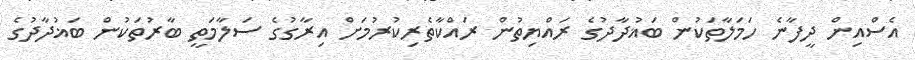
އެސްއިން ދީފާނެ ހަމަލާތަކުން ބަޣުދާދުގެ ރައްޔިތުން ރައްކާތެރިކުރުމަށް އިރާގުގެ ސަލާމަތީ ބާރުތަކުން ބަޣުދާދުގެ